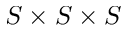
S \times S \times S